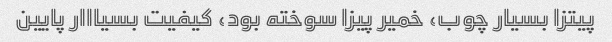
پیتزا بسیار چوب، خمیر پیزا سوخته بود، کیفیت بسیااار پایین